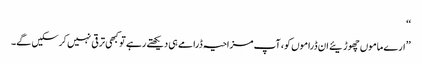
‘‘
’’ارے ماموں چھوڑیئے ان ڈراموں کو، آپ مزاحیہ ڈرامے ہی دیکھتے رہے تو کبھی ترقی نہیں کرسکیں گے۔